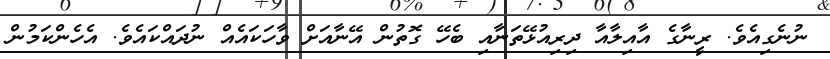
ނުނެގިއެވެ. ރީނާގެ އާއިލާއާ ދިރިއުޅޭތަނާއި ބެހޭ ގޮތުން އޭނާއަށް ވާހަކައެއް ނުދައްކައެެވެ. އެހެންކަމުން